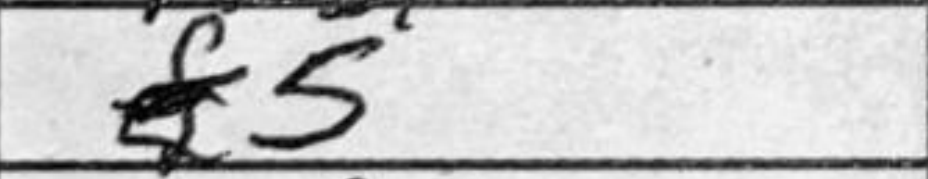
Transcription: f5